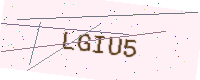
Text: LGIU5